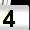
Digit: 4